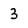
Character: 3